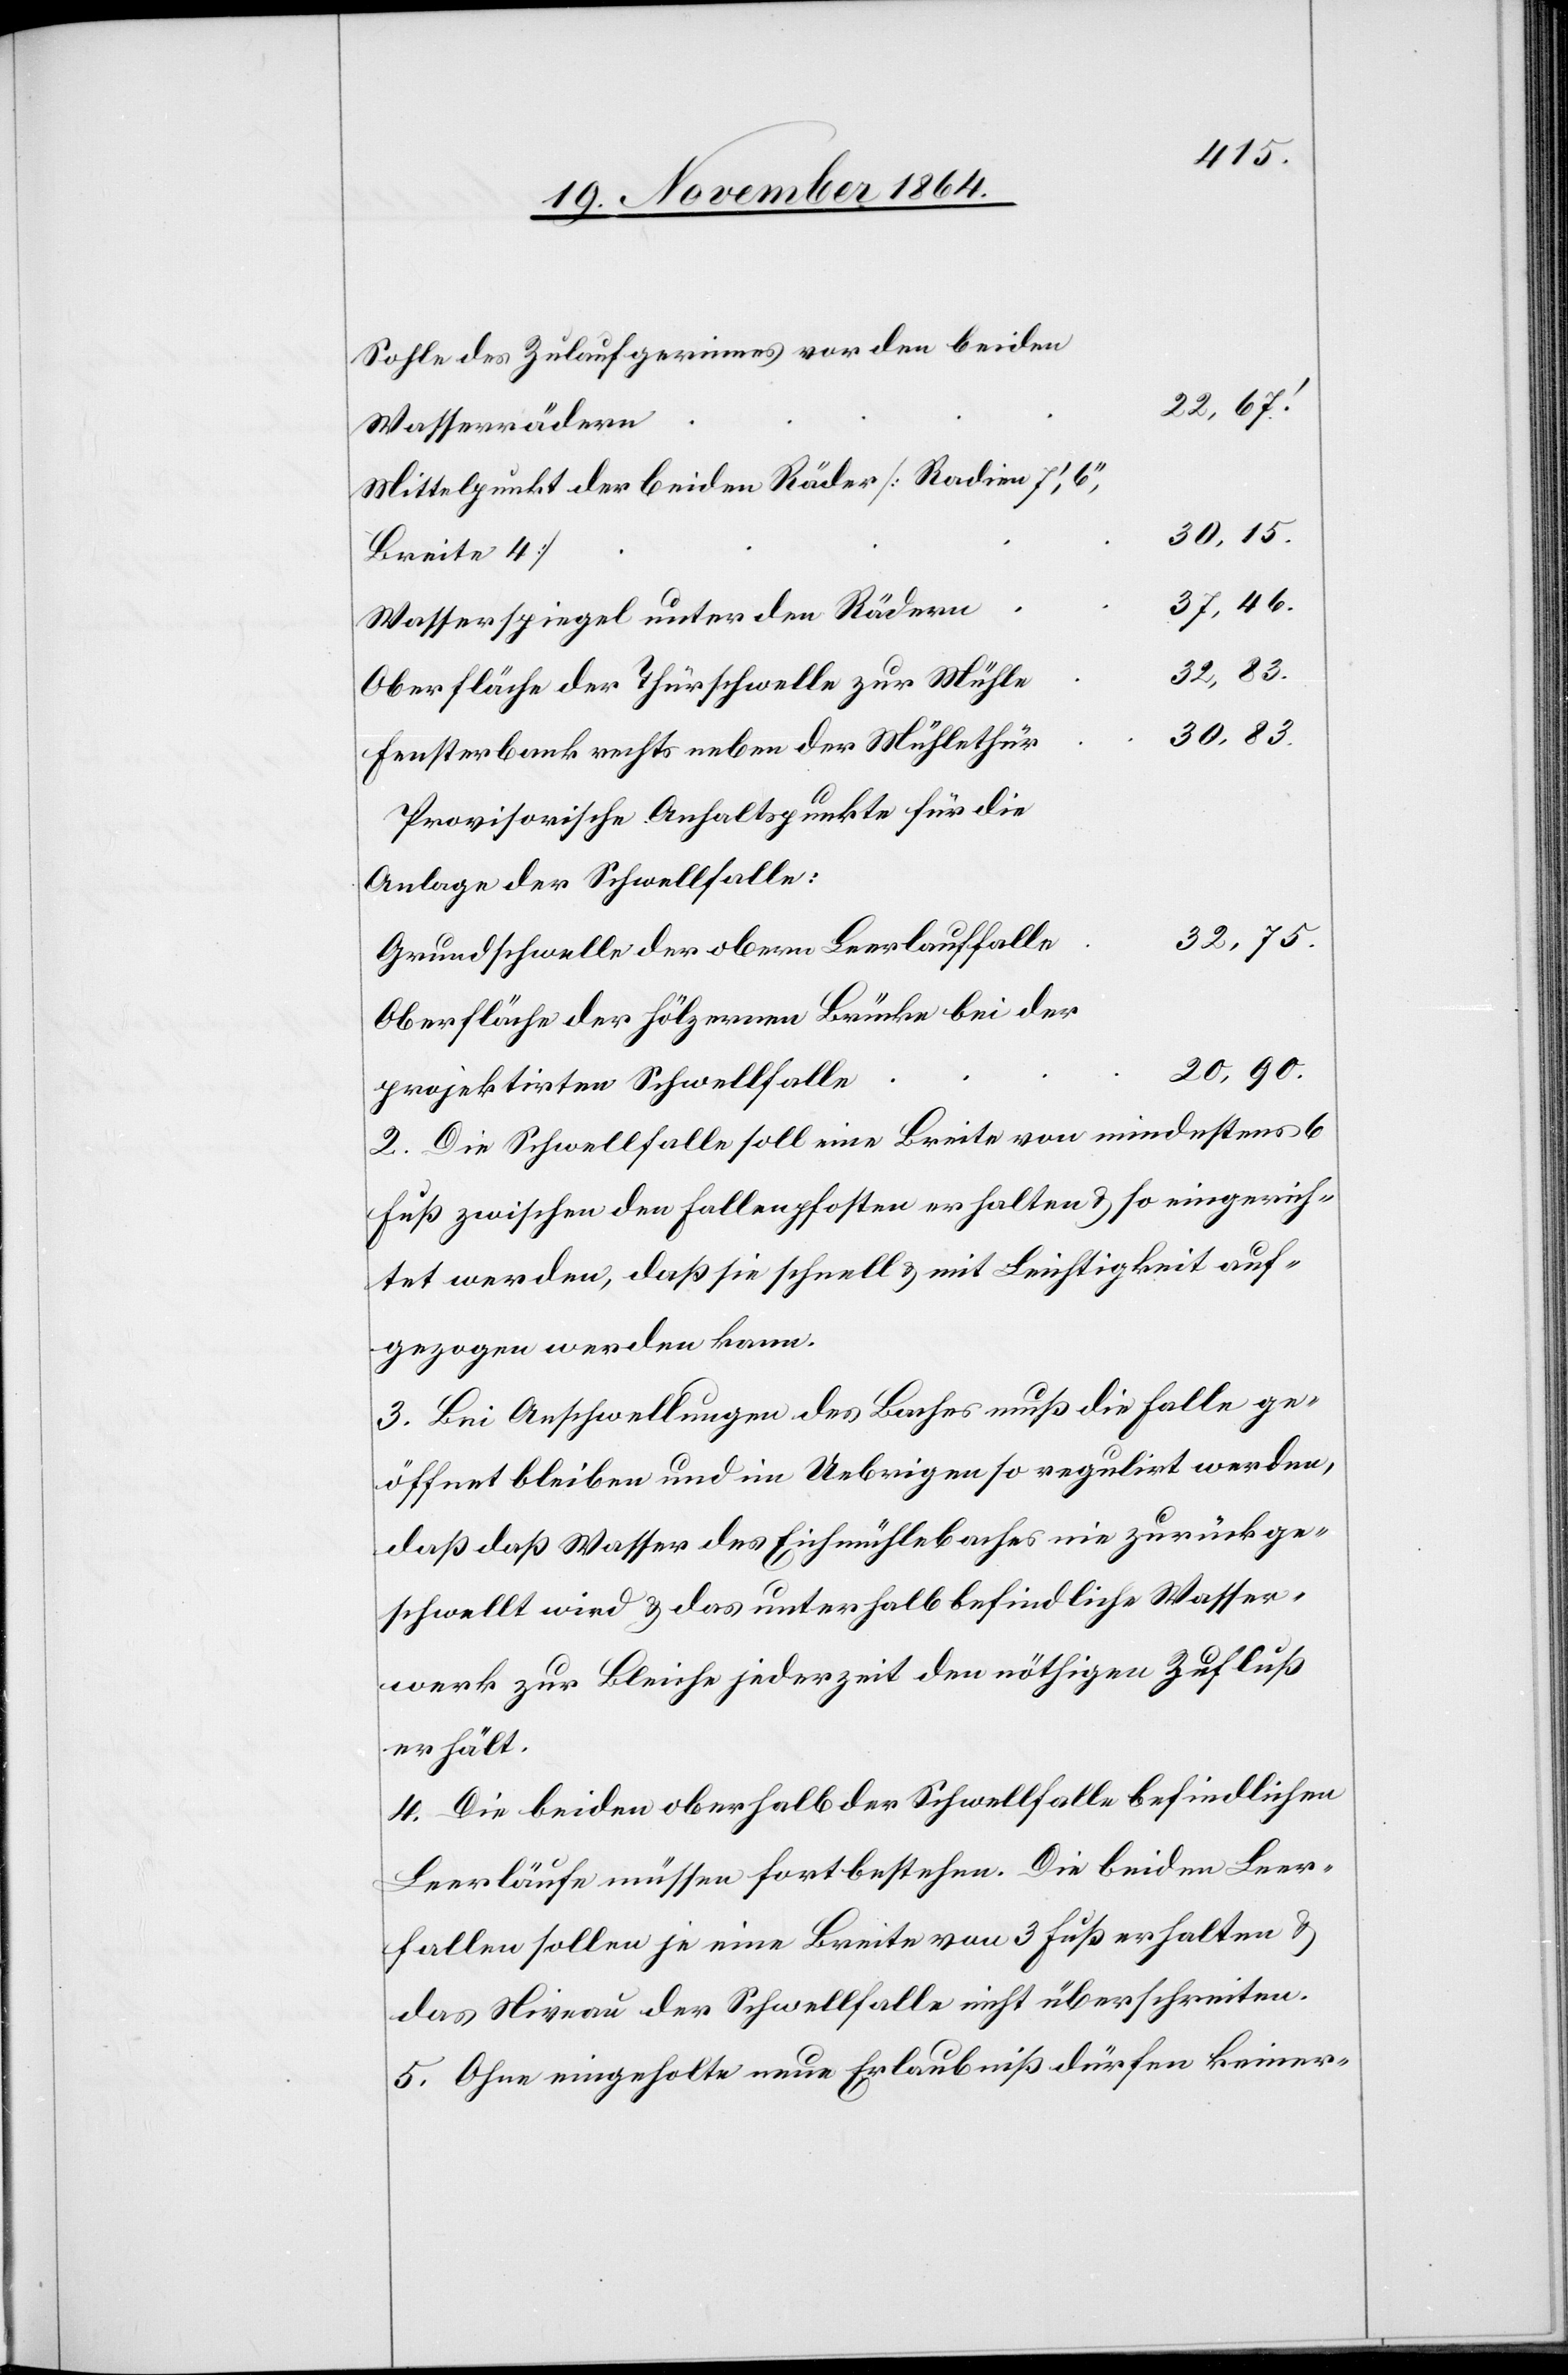
Sohle des Zulaufgerinnes vor den beiden
22,67.’
Wasserrädern
Mittelpunkt der beiden Räder [Radien 7’,
Breite 4]
37,46.
Wasserspiegel unter den Rädern
32,75.
Oberfläche der Thürschwelle zur Mühle
30,83.
Fensterbank rechts neben der Mühlethür
Provisorische Anhaltspunkte für die
Anlage der Schwellfalle:
Grundschwelle der obern Leerlauffalle
Oberfläche der hölzernen Brücke bei der
20,90.
projektirten Schwellfalle
2. Die Schwellfalle soll eine Breite von mindestens 6
Fuß zwischen den Fallenpfosten erhalten & so eingerich¬
tet werden, daß sie schnell & mit Leichtigkeit auf¬
gezogen werden kann.
3. Bei Anschwellungen des Baches muß die Falle ge¬
öffnet bleiben und im Uebrigen so regulirt werden,
daß [sic!] Wasser des Eichmühlebaches nie zurückge¬
schwellt wird & das unterhalb befindliche Wasser¬
werk zur Bleiche jederzeit den nöthigen Zufluß
erhält.
4. Die beiden oberhalb der Schwellfalle befindlichen
Leerläufe müssen fortbestehen. Die beiden Leer¬
fallen sollen je eine Breite von 3 Fuß erhalten &
das Niveau der Schwellfalle nicht überschreiten.
5. Ohne eingeholte neue Erlaubniß dürfen keiner-